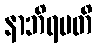
နာဘိရမတိ